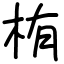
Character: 栯